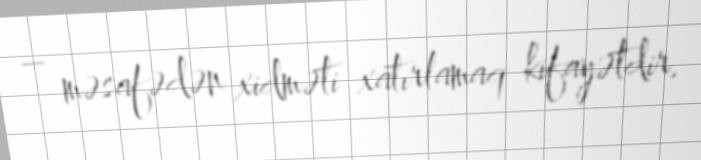
– məsafədən xidməti xatırlamaq kifayətdir.